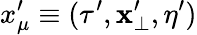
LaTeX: x_{\mu}^{\prime}\equiv(\tau^{\prime},\mathbf{x}_{\bot}^{\prime},\eta^{\prime})